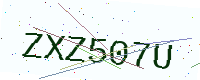
Text: ZXZ507U